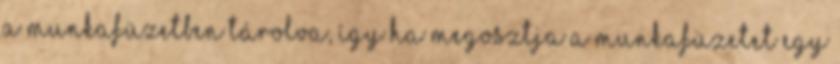
a munkafüzetben tárolva, így ha megosztja a munkafüzetet egy